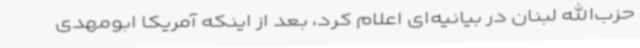
حزب‌الله لبنان در بیانیه‌ای اعلام کرد، بعد از اینکه آمریکا ابومهدی